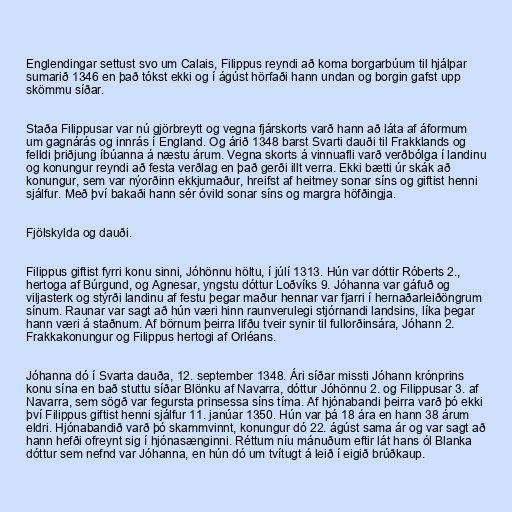
Englendingar settust svo um Calais, Filippus reyndi að koma borgarbúum til hjálpar
sumarið 1346 en það tókst ekki og í ágúst hörfaði hann undan og borgin gafst upp
skömmu síðar.

Staða Filippusar var nú gjörbreytt og vegna fjárskorts varð hann að láta af áformum
um gagnárás og innrás í England. Og árið 1348 barst Svarti dauði til Frakklands og
felldi þriðjung íbúanna á næstu árum. Vegna skorts á vinnuafli varð verðbólga í landinu
og konungur reyndi að festa verðlag en það gerði illt verra. Ekki bætti úr skák að
konungur, sem var nýorðinn ekkjumaður, hreifst af heitmey sonar síns og giftist henni
sjálfur. Með því bakaði hann sér óvild sonar síns og margra höfðingja.

Fjölskylda og dauði.

Filippus giftist fyrri konu sinni, Jóhönnu höltu, í júlí 1313. Hún var dóttir Róberts 2.,
hertoga af Búrgund, og Agnesar, yngstu dóttur Loðvíks 9. Jóhanna var gáfuð og
viljasterk og stýrði landinu af festu þegar maður hennar var fjarri í hernaðarleiðöngrum
sínum. Raunar var sagt að hún væri hinn raunverulegi stjórnandi landsins, líka þegar
hann væri á staðnum. Af börnum þeirra lifðu tveir synir til fullorðinsára, Jóhann 2.
Frakkakonungur og Filippus hertogi af Orléans.

Jóhanna dó í Svarta dauða, 12. september 1348. Ári síðar missti Jóhann krónprins
konu sína en bað stuttu síðar Blönku af Navarra, dóttur Jóhönnu 2. og Filippusar 3. af
Navarra, sem sögð var fegursta prinsessa síns tíma. Af hjónabandi þeirra varð þó ekki
því Filippus giftist henni sjálfur 11. janúar 1350. Hún var þá 18 ára en hann 38 árum
eldri. Hjónabandið varð þó skammvinnt, konungur dó 22. ágúst sama ár og var sagt að
hann hefði ofreynt sig í hjónasænginni. Réttum níu mánuðum eftir lát hans ól Blanka
dóttur sem nefnd var Jóhanna, en hún dó um tvítugt á leið í eigið brúðkaup.